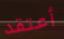
أعتقد